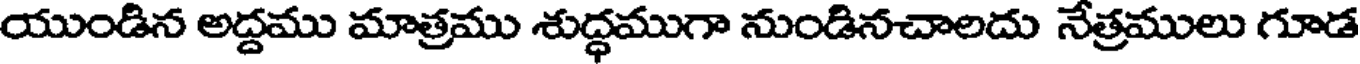
యుండిన అద్దము మాత్రము శుద్ధముగా నుండినచాలదు నేత్రములు గూడ